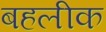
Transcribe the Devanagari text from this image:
बहलीक